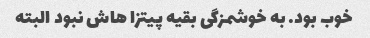
خوب بود. به خوشمزگی بقیه پیتزا هاش نبود البته